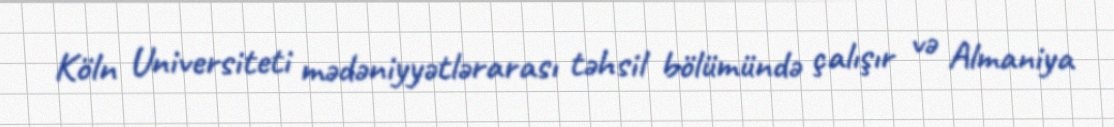
Köln Universiteti mədəniyyətlərarası təhsil bölümündə çalışır və Almaniya